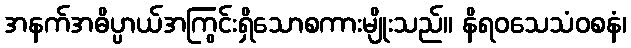
အနက်အဓိပ္ပာယ်အကြွင်းရှိသောစကားမျိုးသည်။ နိရဝသေသံဝစနံ၊